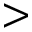
>